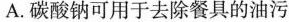
A.碳酸钠可用于去除餐具的油污